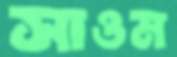
সাওম